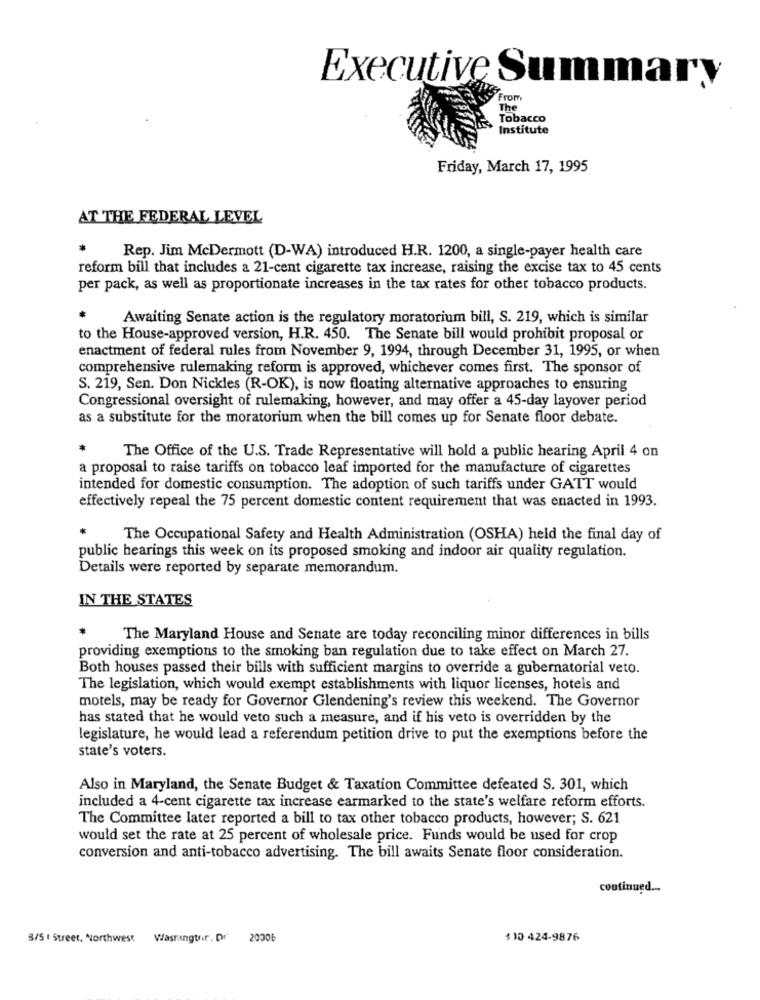
Executive Summary
From
The
Tobacco
Institute
Friday, March 17, 1995
AT THE FEDERAL LEVEL
Rep. Jim McDermott (D-WA) introduced H.R. 1200, a single-payer health care
reform bill that includes a 21-cent cigarette tax increase, raising the excise tax to 45 cents
per pack, as well as proportionate increases in the tax rates for other tobacco products.
Awaiting Senate action is the regulatory moratorium bill, S. 219, which is similar
to the House-approved version, H.R. 450. The Senate bill would prohibit proposal or
enactment of federal rules from November 9, 1994, through December 31, 1995, or when
comprehensive rulemaking reform is approved, whichever comes first. The sponsor of
S. 219, Sen. Don Nickles (R-OK), is now floating alternative approaches to ensuring
Congressional oversight of rulemaking, however, and may offer a 45-day layover period
as a substitute for the moratorium when the bill comes up for Senate floor debate.
The Office of the U.S. Trade Representative will hold a public hearing April 4 on
a proposal to raise tariffs on tobacco leaf imported for the manufacture of cigarettes
intended for domestic consumption. The adoption of such tariffs under GATT would
effectively repeal the 75 percent domestic content requirement that was enacted in 1993.
The Occupational Safety and Health Administration (OSHA) held the final day of
public hearings this week on its proposed smoking and indoor air quality regulation.
Details were reported by separate memorandum.
IN THE STATES
The Maryland House and Senate are today reconciling minor differences in bills
providing exemptions to the smoking ban regulation due to take effect on March 27.
Both houses passed their bills with sufficient margins to override a gubernatorial veto.
The legislation, which would exempt establishments with liquor licenses, hotels and
motels, may be ready for Governor Glendening's review this weekend. The Governor
has stated that he would veto such a measure, and if his veto is overridden by the
legislature, he would lead a referendum petition drive to put the exemptions before the
state's voters.
Also in Maryland, the Senate Budget & Taxation Committee defeated S. 301, which
included a 4-cent cigarette tax increase earmarked to the state's welfare reform efforts.
The Committee later reported a bill to tax other tobacco products, however; S. 621
would set the rate at 25 percent of wholesale price. Funds would be used for crop
conversion and anti-tobacco advertising. The bill awaits Senate floor consideration.
continued ...
8/5 1 Street, Northwest
Wasrangtrir . Dr
20006
$10 424-9876